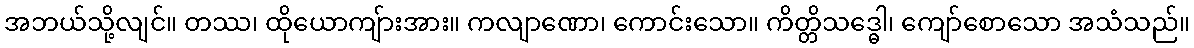
အဘယ်သို့လျင်။ တဿ၊ ထိုယောကျ်ားအား။ ကလျာဏော၊ ကောင်းသော။ ကိတ္တိသဒ္ဓေါ၊ ကျော်စောသော အသံသည်။